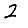
Digit: 2